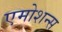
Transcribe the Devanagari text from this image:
एमोशन्स